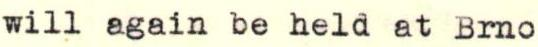
will again be held at Brno